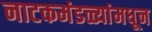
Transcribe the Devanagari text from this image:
नाटकमंडळ्यांमधून